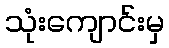
သုံးကျောင်းမှ